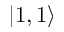
| 1 , 1 \rangle